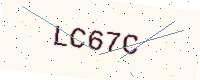
Text: LC67C